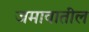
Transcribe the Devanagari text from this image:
जमावातील